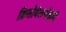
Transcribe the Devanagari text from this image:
क्रिसोवेलनॉइडी